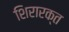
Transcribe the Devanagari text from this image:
शिरारक्त